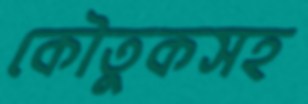
কৌতুকসহ